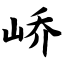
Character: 峤